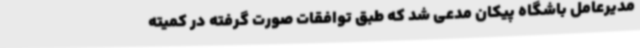
مدیرعامل باشگاه پیکان مدعی شد که طبق توافقات صورت گرفته در کمیته